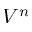
V ^ { n }